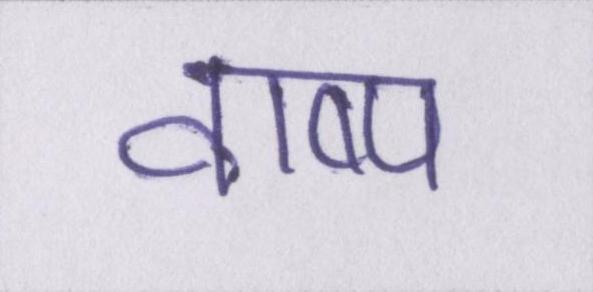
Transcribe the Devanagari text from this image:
वाष्प